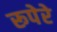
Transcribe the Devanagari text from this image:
रूपेरे